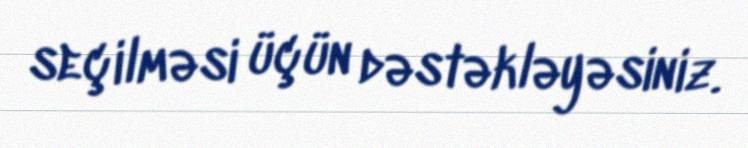
seçilməsi üçün dəstəkləyəsiniz.